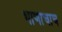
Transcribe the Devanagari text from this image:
भाणाचाच